Annual report of the Punjab Veterinary College and of the Civil Veterinary Department, Punjab - 1920-1925
Year: 1920
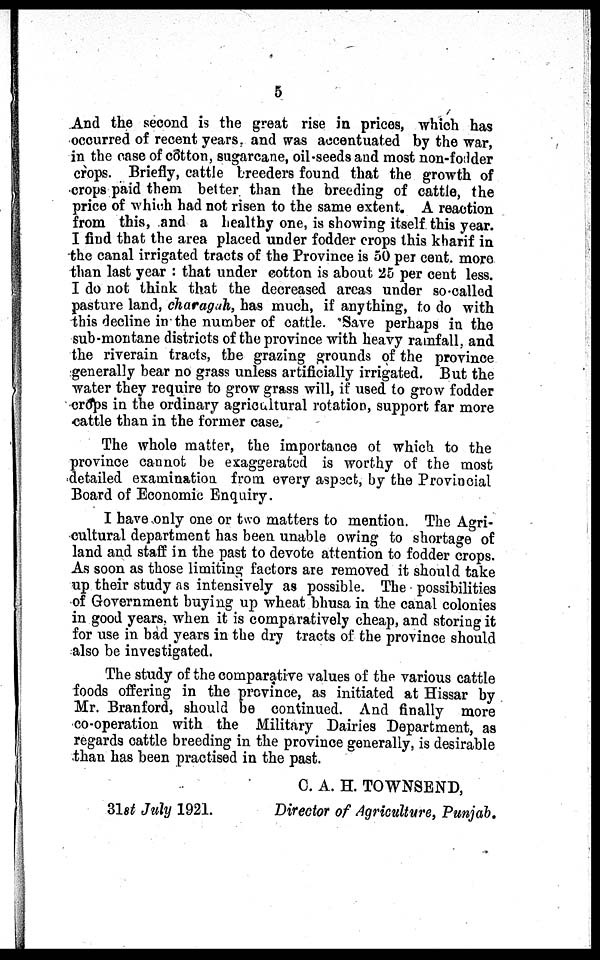
5
And the second is the great rise in prices, which has
occurred of recent years, and was accentuated by the war,
in the case of cotton, sugarcane, oil seeds and most non-fodder
crops. Briefly, cattle breeders found that the growth of
crops paid them better than the breeding of cattle, the
price of which had not risen to the same extent. A reaction
from this, and a healthy one, is showing itself this year.
I find that the area placed under fodder crops this kharif in
the canal irrigated tracts of the Province is 50 per cent. more
than last year: that under cotton is about 25 per cent less.
I do not think that the decreased areas under so called
pasture land, charagah, has much, if anything, to do with
this decline in the number of cattle. Save perhaps in the
sub-montane districts of the province with heavy rainfall, and
the riverain tracts, the grazing grounds of the province
generally bear no grass unless artificially irrigated. But the
water they require to grow grass will, if used to grow fodder
crops in the ordinary agricultural rotation, support far more
cattle than in the former case.
The whole matter, the importance of which to the
province cannot be exaggerated is worthy of the most
detailed examination from every aspect, by the Provincial
Board of Economic Enquiry.
I have only one or two matters to mention. The Agri-
cultural department has been unable owing to shortage of
land and staff in the past to devote attention to fodder crops.
As soon as those limiting factors are removed it should take
up their study as intensively as possible. The possibilities
of Government buying up wheat bhusa in the canal colonies
in good years. when it is comparatively cheap, and storing it
for use in bad years in the dry tracts of the province should
also be investigated.
The study of the comparative values of the various cattle
foods offering in the province, as initiated at Hissar by
Mr. Branford, should be continued. And finally more
co-operation with the Military Dairies Department, as
regards cattle breeding in the province generally, is desirable
than has been practised in the past.
C. A. H. TOWNSEND,
31st July 1921.
Director of Agriculture, Punjab.